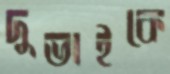
দুভাইকে